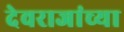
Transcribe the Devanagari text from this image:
देवराजांच्या